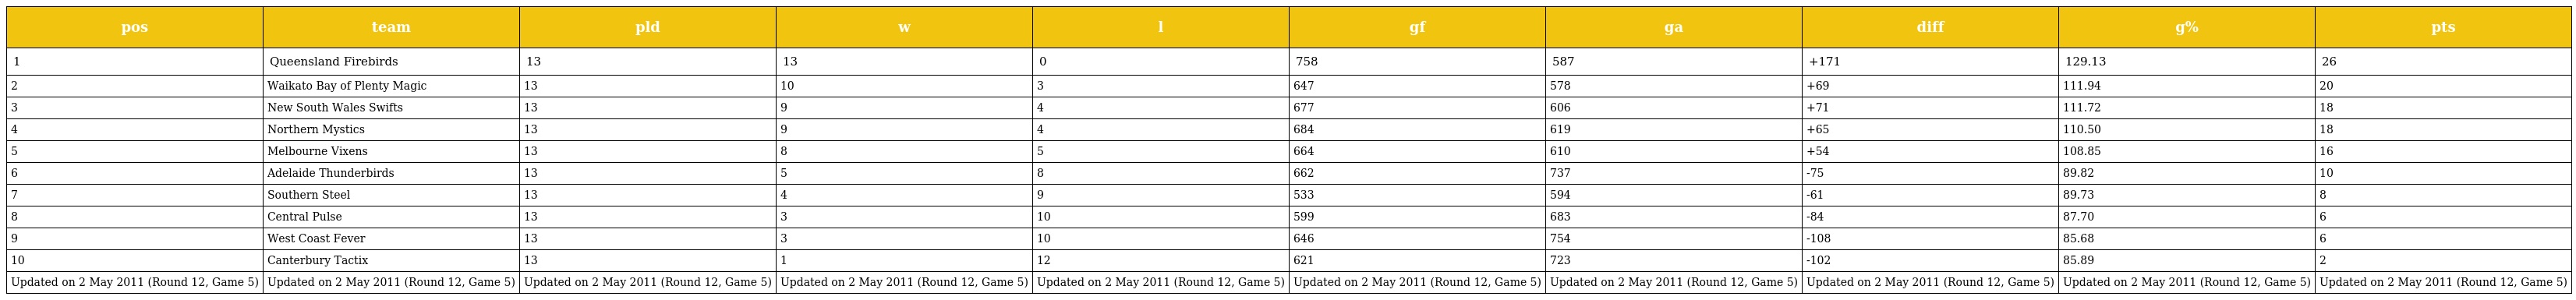
| pos | team | pld | w | l | gf | ga | diff | g% | pts |
 | --- | --- | --- | --- | --- | --- | --- | --- | --- | --- |
 | 1 | Queensland Firebirds | 13 | 13 | 0 | 758 | 587 | +171 | 129.13 | 26 |
 | 2 | Waikato Bay of Plenty Magic | 13 | 10 | 3 | 647 | 578 | +69 | 111.94 | 20 |
 | 3 | New South Wales Swifts | 13 | 9 | 4 | 677 | 606 | +71 | 111.72 | 18 |
 | 4 | Northern Mystics | 13 | 9 | 4 | 684 | 619 | +65 | 110.50 | 18 |
 | 5 | Melbourne Vixens | 13 | 8 | 5 | 664 | 610 | +54 | 108.85 | 16 |
 | 6 | Adelaide Thunderbirds | 13 | 5 | 8 | 662 | 737 | -75 | 89.82 | 10 |
 | 7 | Southern Steel | 13 | 4 | 9 | 533 | 594 | -61 | 89.73 | 8 |
 | 8 | Central Pulse | 13 | 3 | 10 | 599 | 683 | -84 | 87.70 | 6 |
 | 9 | West Coast Fever | 13 | 3 | 10 | 646 | 754 | -108 | 85.68 | 6 |
 | 10 | Canterbury Tactix | 13 | 1 | 12 | 621 | 723 | -102 | 85.89 | 2 |
 | Updated on 2 May 2011 (Round 12, Game 5) | Updated on 2 May 2011 (Round 12, Game 5) | Updated on 2 May 2011 (Round 12, Game 5) | Updated on 2 May 2011 (Round 12, Game 5) | Updated on 2 May 2011 (Round 12, Game 5) | Updated on 2 May 2011 (Round 12, Game 5) | Updated on 2 May 2011 (Round 12, Game 5) | Updated on 2 May 2011 (Round 12, Game 5) | Updated on 2 May 2011 (Round 12, Game 5) | Updated on 2 May 2011 (Round 12, Game 5) |